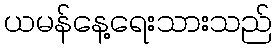
ယမန်နေ့ရေးသားသည်